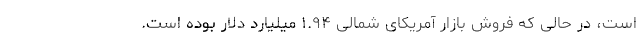
است، در حالی که فروش بازار آمریکای شمالی ۱.۹۴ میلیارد دلار بوده است.